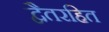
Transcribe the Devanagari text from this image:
द्वैतरहित